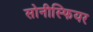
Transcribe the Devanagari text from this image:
सोनीस्फियर